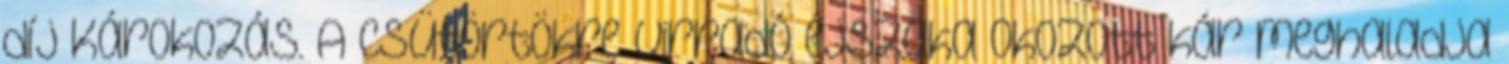
díj Károkozás. A csütörtökre virradó éjszaka okozott kár meghaladja